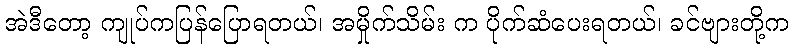
အဲဒီတော့ ကျုပ်ကပြန်ပြောရတယ်၊ အမှိုက်သိမ်း က ပိုက်ဆံပေးရတယ်၊ ခင်ဗျားတို့က